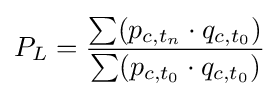
P_{L}={\frac {\sum (p_{c,t_{n}}\cdot q_{c,t_{0}})}{\sum (p_{c,t_{0}}\cdot q_{c,t_{0}})}}